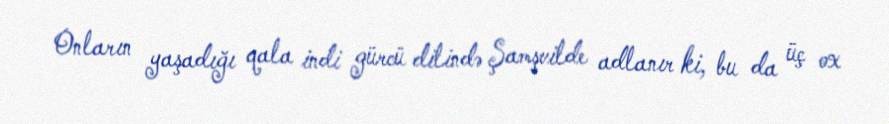
Onların yaşadığı qala indi gürcü dilində Şamşvilde adlanır ki, bu da üç ox